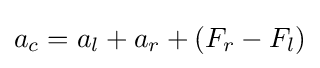
a_{c}=a_{l}+a_{r}+(F_{r}-F_{l})